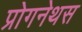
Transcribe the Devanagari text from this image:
प्रोगनेथस